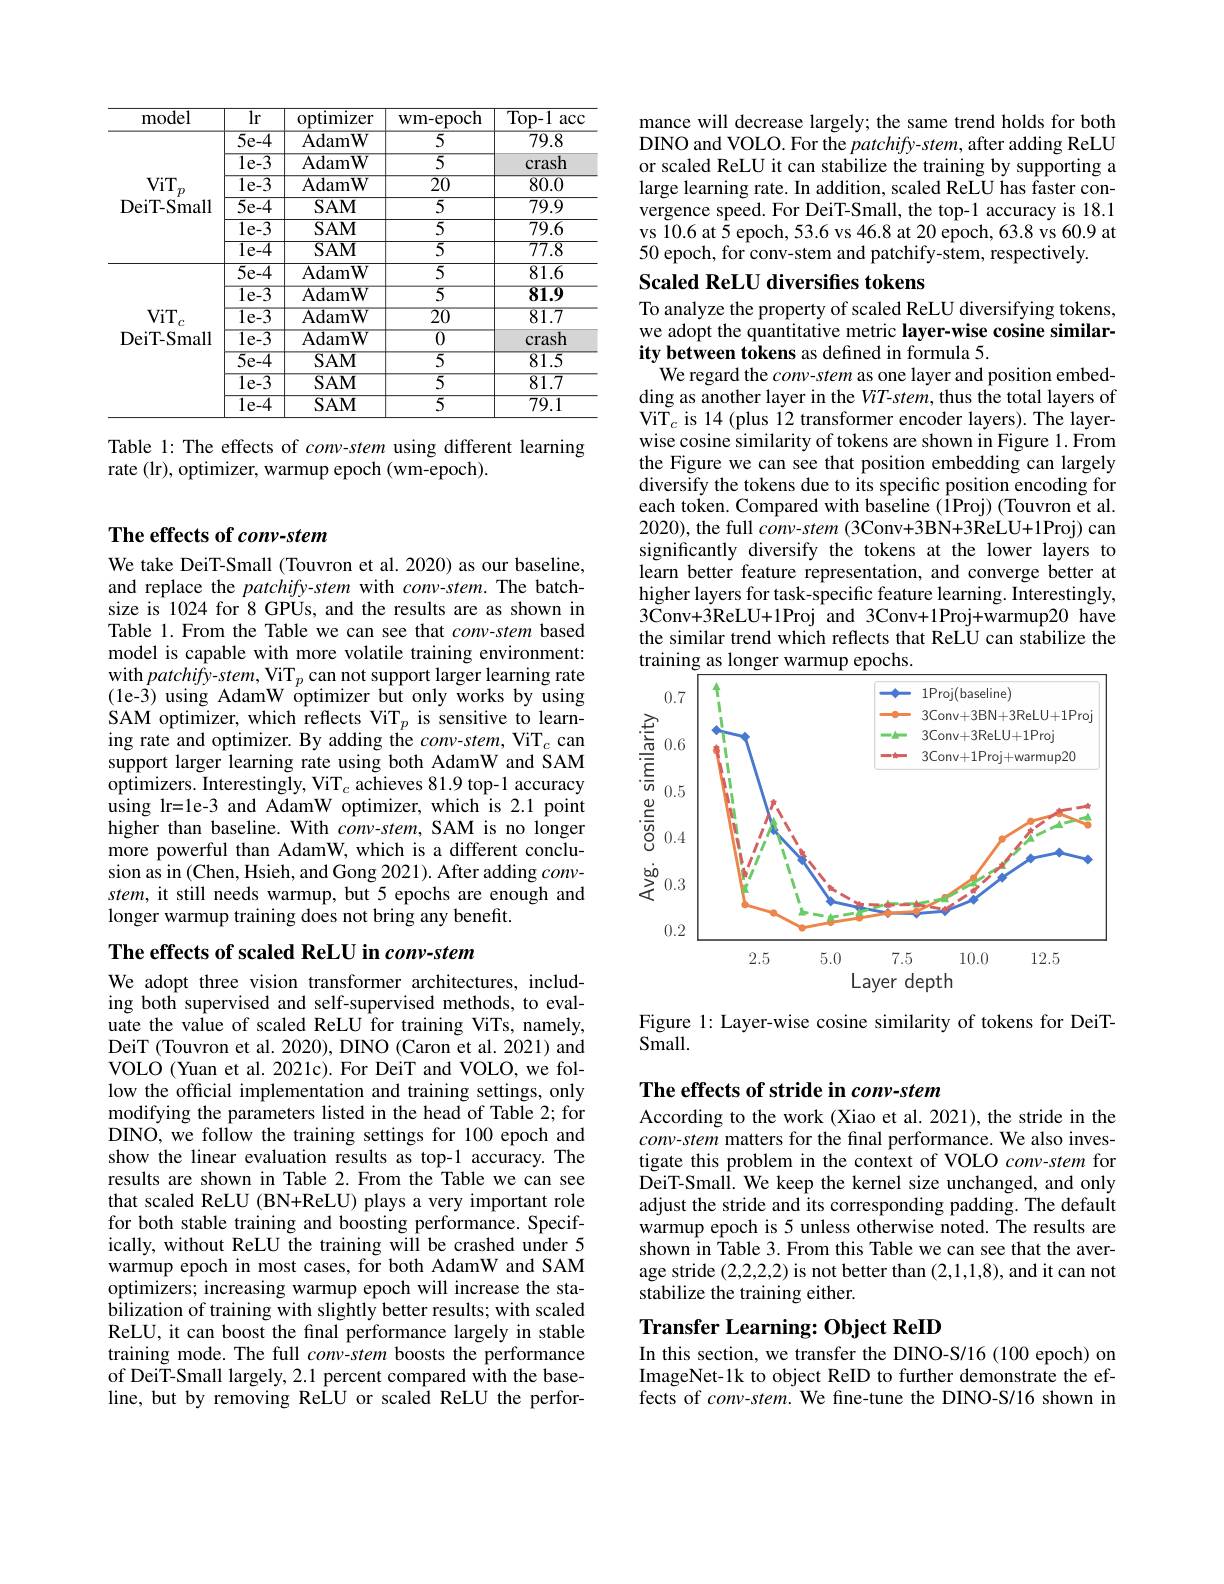
<table>
	<tbody>
		<tr>
			<th>model</th>
			<th>$\overline{\mathrm{lr}}$</th>
			<th>optimizer</th>
			<th>wm- epoch</th>
			<th>$\overline{\mathrm{Top-1}}$ acc</th>
		</tr>
		<tr>
			<td> </td>
			<td>$\overline{5\text{e-4}}$</td>
			<td>$\overline{\mathrm{AdamW}}$</td>
			<td>L $\overline{5}$</td>
			<td>79.8</td>
		</tr>
		<tr>
			<td> </td>
			<td>$\overline{\mathrm{le-3}}$</td>
			<td>$\overline{{\mathrm{AdamW}}}$</td>
			<td>$\overline{5}$</td>
			<td>crash</td>
		</tr>
		<tr>
			<td>$ViT.$</td>
			<td>$\overline{\mathrm{le-3}}$</td>
			<td>${\mathrm{AdamW}}$</td>
			<td>$\overline{20}$</td>
			<td>80.0</td>
		</tr>
		<tr>
			<td>DeiT- Small</td>
			<td>$\overline{5\mathrm{e-4}}$</td>
			<td>$SAM$</td>
			<td>$\overline{5}$</td>
			<td>79.9</td>
		</tr>
		<tr>
			<td> </td>
			<td>$\overline{\mathrm{le-3}}$</td>
			<td>$SAM$</td>
			<td>$\overline{5}$</td>
			<td>79.6</td>
		</tr>
		<tr>
			<td> </td>
			<td>$\overline{\mathrm{le-4}}$</td>
			<td>$SAM$</td>
			<td>$\overline{5}$</td>
			<td>$\overline{77.8}$</td>
		</tr>
		<tr>
			<td> </td>
			<td>$\overline{5\mathrm{e-4}}$</td>
			<td>AdamW</td>
			<td>$\overline{5}$</td>
			<td>81.6</td>
		</tr>
		<tr>
			<td> </td>
			<td>$\overline{\mathrm{le-3}}$</td>
			<td>$\overline{\mathrm{AdamW}}$</td>
			<td>$\overline{5}$</td>
			<td>81.9</td>
		</tr>
		<tr>
			<td>$ViT$,</td>
			<td>$\overline{\mathrm{le-3}}$</td>
			<td>$\overline{\mathrm{AdamW}}$</td>
			<td>$\overline{20}$</td>
			<td>81.7</td>
		</tr>
		<tr>
			<td rowspan="4">$\mathbf{1}^{\mathbf{1}}\boldsymbol{C}$ DeiT- Small</td>
			<td>$\overline{\mathrm{le-3}}$</td>
			<td>$\overline{\mathrm{AdamW}}$</td>
			<td>$\overline{0}$</td>
			<td>crash</td>
		</tr>
		<tr>
			<td>$5e-4$</td>
			<td>$SAM$</td>
			<td>$\overline{5}$</td>
			<td>81.5</td>
		</tr>
		<tr>
			<td>$\overline{\mathrm{le-3}}$</td>
			<td>$SAM$</td>
			<td>$\overline{5}$</td>
			<td>81.7</td>
		</tr>
		<tr>
			<td>$1e-4$</td>
			<td>$SAM$</td>
			<td>$\overline{5}$</td>
			<td>79.1</td>
		</tr>
	</tbody>
</table>

Table 1: The effects of conv-stem using different learning
rate (lr), optimizer, warmup epoch (wm-epoch).

## The effects of conv-stem

We take DeiT-Small (Touvron et al. 2020) as our baseline, and replace the patchify-stem with $conv-stem.$ The batchsize is 1024 for 8 GPUs, and the results are as shown in Table 1.From the Table we can see that conv-stem based model is capable with more volatile training environment: with patchify-stem, ViT$_p$ can not support larger learning rate (1e-3) using AdamW optimizer but only works by using SAM optimizer, which reflects ViT$_p$ is sensitive to learning rate and optimizer. By adding the conv-stem, ViT$_c$ can support larger learning rate using both AdamW and SAM optimizers. Interestingly, ViT$_c$ achieves 81.9 top-1 accuracy using lr=le-3 and AdamW optimizer, which is 2.1 point higher than baseline. With $conv-stem$, SAM is no longer more powerful than AdamW, which is a different conclusion as in (Chen, Hsieh, and Gong 2021). After adding $conv-$ stem, it still needs warmup, but 5 epochs are enough and longer warmup training does not bring any benefit.

## The effects of scaled ReLU in conv-stem

We adopt three vision transformer architectures, including both supervised and self-supervised methods, to evaluate the value of scaled ReLU for training ViTs, namely, DeiT (Touvron et al. 2020), DINO (Caron et al. 2021) and VOLO (Yuan et al. 2021c). For DeiT and VOLO, we follow the official implementation and training settings, only modifying the parameters listed in the head of Table 2; for DINO, we follow the training settings for 100 epoch and show the linear evaluation results as top-1 accuracy. The results are shown in Table 2. From the Table we can see that scaled ReLU (BN+ReLU) plays a very important role for both stable training and boosting performance. Specifically, without ReLU the training wilÎ be crashed under 5 warmup epoch in most cases, for both AdamW and SAM optimizers; increasing warmup epoch will increase the stabilization of training with slightly better results; with scaled ReLU, it can boost the final performance largely in stable training mode. The full conv-stem boosts the performance of DeiT-Small largely, 2.1 percent compared with the baseline, but by removing ReLU or scaled ReLU the perfor-

mance will decrease largely; the same trend holds for both DINO and VOLO. For the patchify-stem, after adding ReLU or scaled ReLU it can stabilize the training by supporting a large learning rate. In addition, scaled ReLU has faster convergence speed. For DeiT-Small, the top-1 accuracy is 18.1 vs I0.6 at $\hat{5}$ epoch, 53.6 vs 46.8 at 20 epoch, 63.8 vs 60.9 at 50 epoch, for conv-stem and patchify-stem, respectively.

## Scaled ReLU diversifies tokens

To analyze the property of scaled ReLU diversifying tokens, we adopt the quantitative metric layer-wise cosine similarity between tokens as defined in formula 5.
We regard the conv-stem as one layer and position embedding as another layer in the ViT-stem, thus the total layers of ViT$_c$ is 14 (plus 12 transformer encoder layers). The layerwise cosine similarity of tokens are shown in Figure 1. From the Figure we can see that position embedding can largely diversify the tokens due to its specific position encoding for each token. Compared with baseline (1Proj) (Touvron et al. 2020), the full conv- stem (3Conv+3BN+3ReLU+1Proj) can significantly diversify the tokens at the lower layers to learn better feature representation, and converge better at higher layers for task-specific feature learning. Interestingly, 3Conv+3ReLU+1Proj and 3Conv+1Proj+warmup20 have the similar trend which reflects that ReLU can stabilize the training as longer warmup epochs.

<FigureHere>

Figure 1: Layer-wise cosine similarity of tokens for DeiT-
$Small.$

## The effects of stride in conv-stem

According to the work (Xiao et al. 2021), the stride in the conv-stem matters for the final performance. We also investigate this problem in the context of VOLO conv-stem for DeiT-SmalÎ. We keep the kernel size unchanged, and only adjust the stride and its corresponding padding. The default warmup epoch is 5 unless otherwise noted. The results are shown in Table 3. From this Table we can see that the average stride (2,2,2,2) is not better than (2,1,1,8), and it can not stabilize the training either.

## Transfer Learning: Object ReID In this section, we transfer the DINO-S/16 (100 epoch) on

ImageNet-1k to object ReID to further demonstrate the effects of conv-stem.We fine-tune the DINO-S/16 shown in